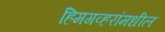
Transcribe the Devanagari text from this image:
हिमगव्हरांमधील